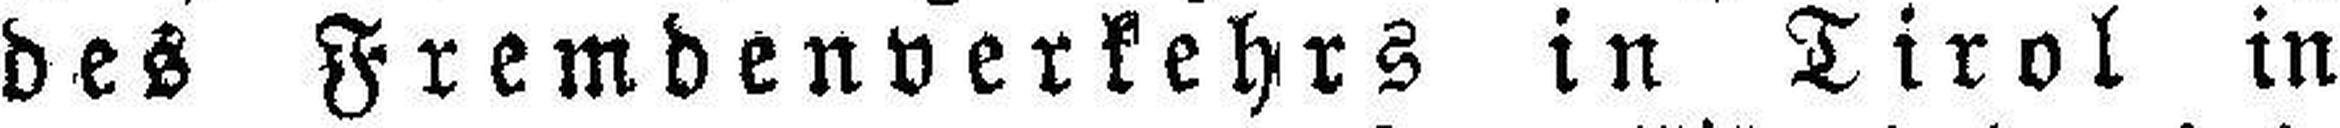
des Fremdenverkehrs in Tirol in